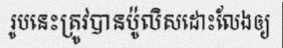
រូបនេះត្រូវបានប៉ូលិសដោះលែងឲ្យ